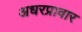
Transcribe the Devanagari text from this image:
अधरप्रावार